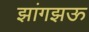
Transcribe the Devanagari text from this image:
झांगझऊ